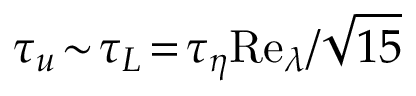
\tau _ { u } \! \sim \! \tau _ { L } \! = \! \tau _ { \eta } \mathrm { R e } _ { \lambda } / \sqrt { 1 5 }